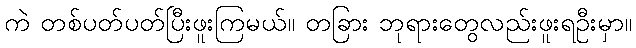
ကဲ တစ်ပတ်ပတ်ပြီးဖူးကြမယ်။ တခြား ဘုရားတွေလည်းဖူးရဦးမှာ။